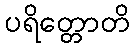
ပရိတ္တောတိ